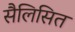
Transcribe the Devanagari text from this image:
सैलिसित